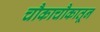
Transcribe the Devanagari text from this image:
चौकाचौकातून